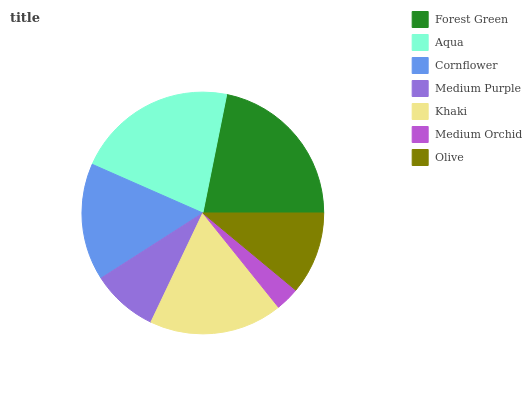
| Forest Green | Aqua | Cornflower | Medium Purple | Khaki | Medium Orchid | Olive |
 | --- | --- | --- | --- | --- | --- | --- |
 | 21.8% | 21.5% | 15.7% | 8.88% | 17.8% | 3.22% | 11% |